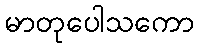
မာတုပေါသကော